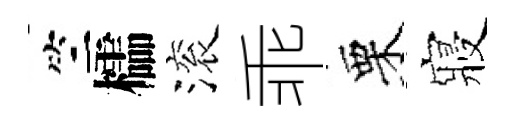
竺櫺滚乖栗寢